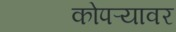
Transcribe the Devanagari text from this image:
कोपऱ्यावर